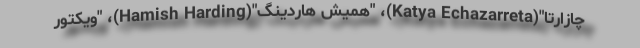
چازارتا"(Katya Echazarreta)، "همیش هاردینگ"(Hamish Harding)، "ویکتور